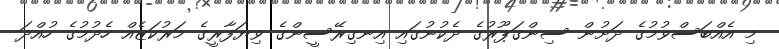
މި އެއްބަސްވުމުގެ ދަށުން ސިންގަޕޫރުގެ ދެކުނުގައި އިނގިރޭސީންގެ ވިޔަފާރީގެ މަރުކަޒެއް ހެދުމުގެ ހުއްދަ